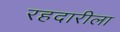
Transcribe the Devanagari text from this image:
रहदारीला